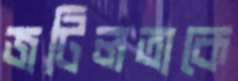
জটিলতাকে